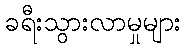
ခရီးသွားလာမှုများ